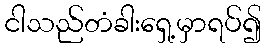
ငါသည်တံခါးရှေ့မှာရပ်၍